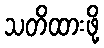
သတိထားဖို့